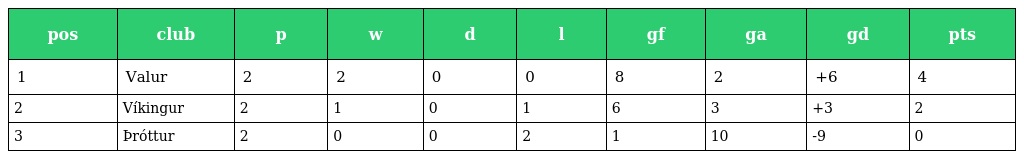
| pos | club | p | w | d | l | gf | ga | gd | pts |
 | --- | --- | --- | --- | --- | --- | --- | --- | --- | --- |
 | 1 | Valur | 2 | 2 | 0 | 0 | 8 | 2 | +6 | 4 |
 | 2 | Víkingur | 2 | 1 | 0 | 1 | 6 | 3 | +3 | 2 |
 | 3 | Þróttur | 2 | 0 | 0 | 2 | 1 | 10 | -9 | 0 |